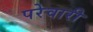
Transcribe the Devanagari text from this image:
परेवारी